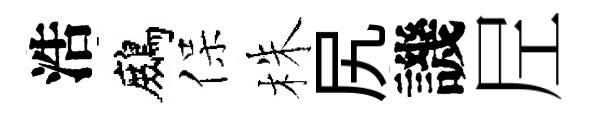
浩鷓保株尻譏𡰱